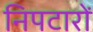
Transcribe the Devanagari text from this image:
निपटारों